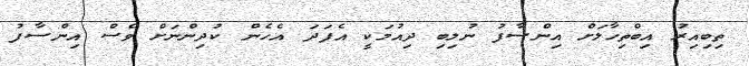
ތިބިއިރު އިބްތިހާލަށް އިންސާފު ނުލިބި ދިއުމަކީ އެފަދަ އެހެން ކުދިންނަށް ވެސް އިންސާފު